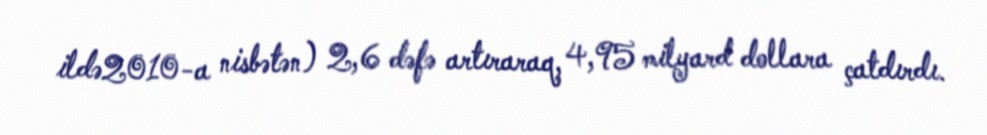
ildə2010-a nisbətən) 2,6 dəfə artıraraq, 4,95 milyard dollara çatdırdı.